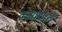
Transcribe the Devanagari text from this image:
कमांदपुरी